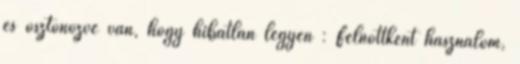
és ösztönözve van, hogy hibátlan legyen : Felnőttként használom,